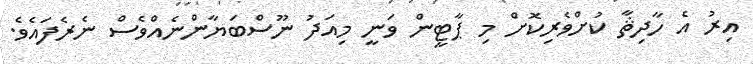
އިރު އެ ހާދިޘާ ކުށްވެރިކޮށް މި ޕާޓީން ވަނީ މިއަދު ނޫސްބަޔާންނެއްވެސް ނެރެފައެވެ.